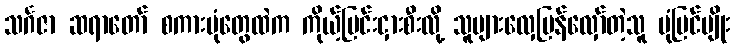
သင်္ဂဇာ ဆရာတော် စကားပုံတွေထဲက ကိုယ့်မြင်းငှားစီးလို့ သူများလှေပြန်လှော်တဲ့သူ ပုံပြင်မျိုး